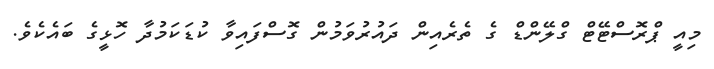
މިއީ ޕްރޮސްޓޭޓް ގްލޭންޑް ގެ ތެރެއިން ދައުރުވަމުން ގޮސްފައިވާ ކުޑަކަމުދާ ހޮޅީގެ ބައެކެވެ.